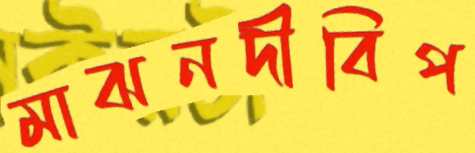
মাঝনদীবিপ